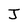
Character: J